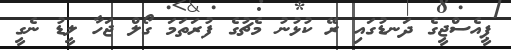
ޕީއެސްޖީގެ ދަނޑުގައި ރޭ ކުޅުނު މެޗުގެ ފުރަތަމަ ގޯލް ޖަހާ ލީޑު ނެގީ